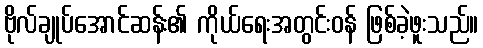
ဗိုလ်ချုပ်အောင်ဆန်း၏ ကိုယ်ရေးအတွင်းဝန် ဖြစ်ခဲ့ဖူးသည်။